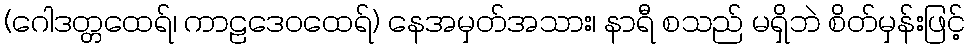
(ဂေါဒတ္တထေရ်၊ ကာဠဒေဝထေရ်) နေအမှတ်အသား၊ နာရီ စသည် မရှိဘဲ စိတ်မှန်းဖြင့်